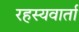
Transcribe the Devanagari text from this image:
रहस्यवार्ता